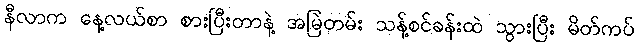
နီလာက နေ့လယ်စာ စားပြီးတာနဲ့ အမြဲတမ်း သန့်စင်ခန်းထဲ သွားပြီး မိတ်ကပ်